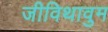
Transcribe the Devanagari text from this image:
जीविथावुम